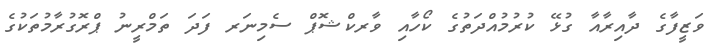
ވަޒީފާގެ ދާއިރާއާ ގުޅޭ ކުރުމުއްދަތުގެ ކޯހާއި ވާރކްޝޮޕް ސެމިނަރ ފަދަ ތަމްރީނު ޕްރޮގުރާމުތަކުގެ